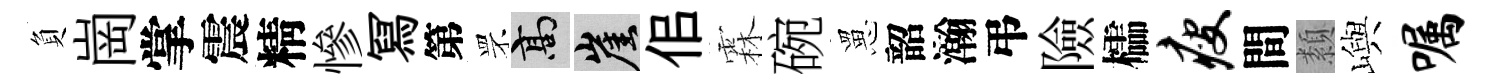
負崗掌震精慘冩第罘高崖佀霖碗罳韶瀚弔險櫺瘦間纇嶼嘱